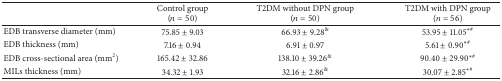
<table><thead><tr><td><b> </b></td><td><b>Control group (<i>n</i> = 50)</b></td><td><b>T2DM without DPN group (<i>n</i> = 50)</b></td><td><b>T2DM with DPN group (<i>n</i> = 56)</b></td></tr></thead><tbody><tr><td>EDB transverse diameter (mm)</td><td>75.85 ± 9.03</td><td>66.93 ± 9.28<sup>&amp;</sup></td><td>53.95 ± 11.05<sup>∗#</sup></td></tr><tr><td>EDB thickness (mm)</td><td>7.16 ± 0.94</td><td>6.91 ± 0.97</td><td>5.61 ± 0.90<sup>∗#</sup></td></tr><tr><td>EDB cross-sectional area (mm<sup>2</sup>)</td><td>165.42 ± 32.86</td><td>138.10 ± 39.26<sup>&amp;</sup></td><td>90.40 ± 29.90<sup>∗#</sup></td></tr><tr><td>MILs thickness (mm)</td><td>34.32 ± 1.93</td><td>32.16 ± 2.86<sup>&amp;</sup></td><td>30.07 ± 2.85<sup>∗#</sup></td></tr></tbody></table>